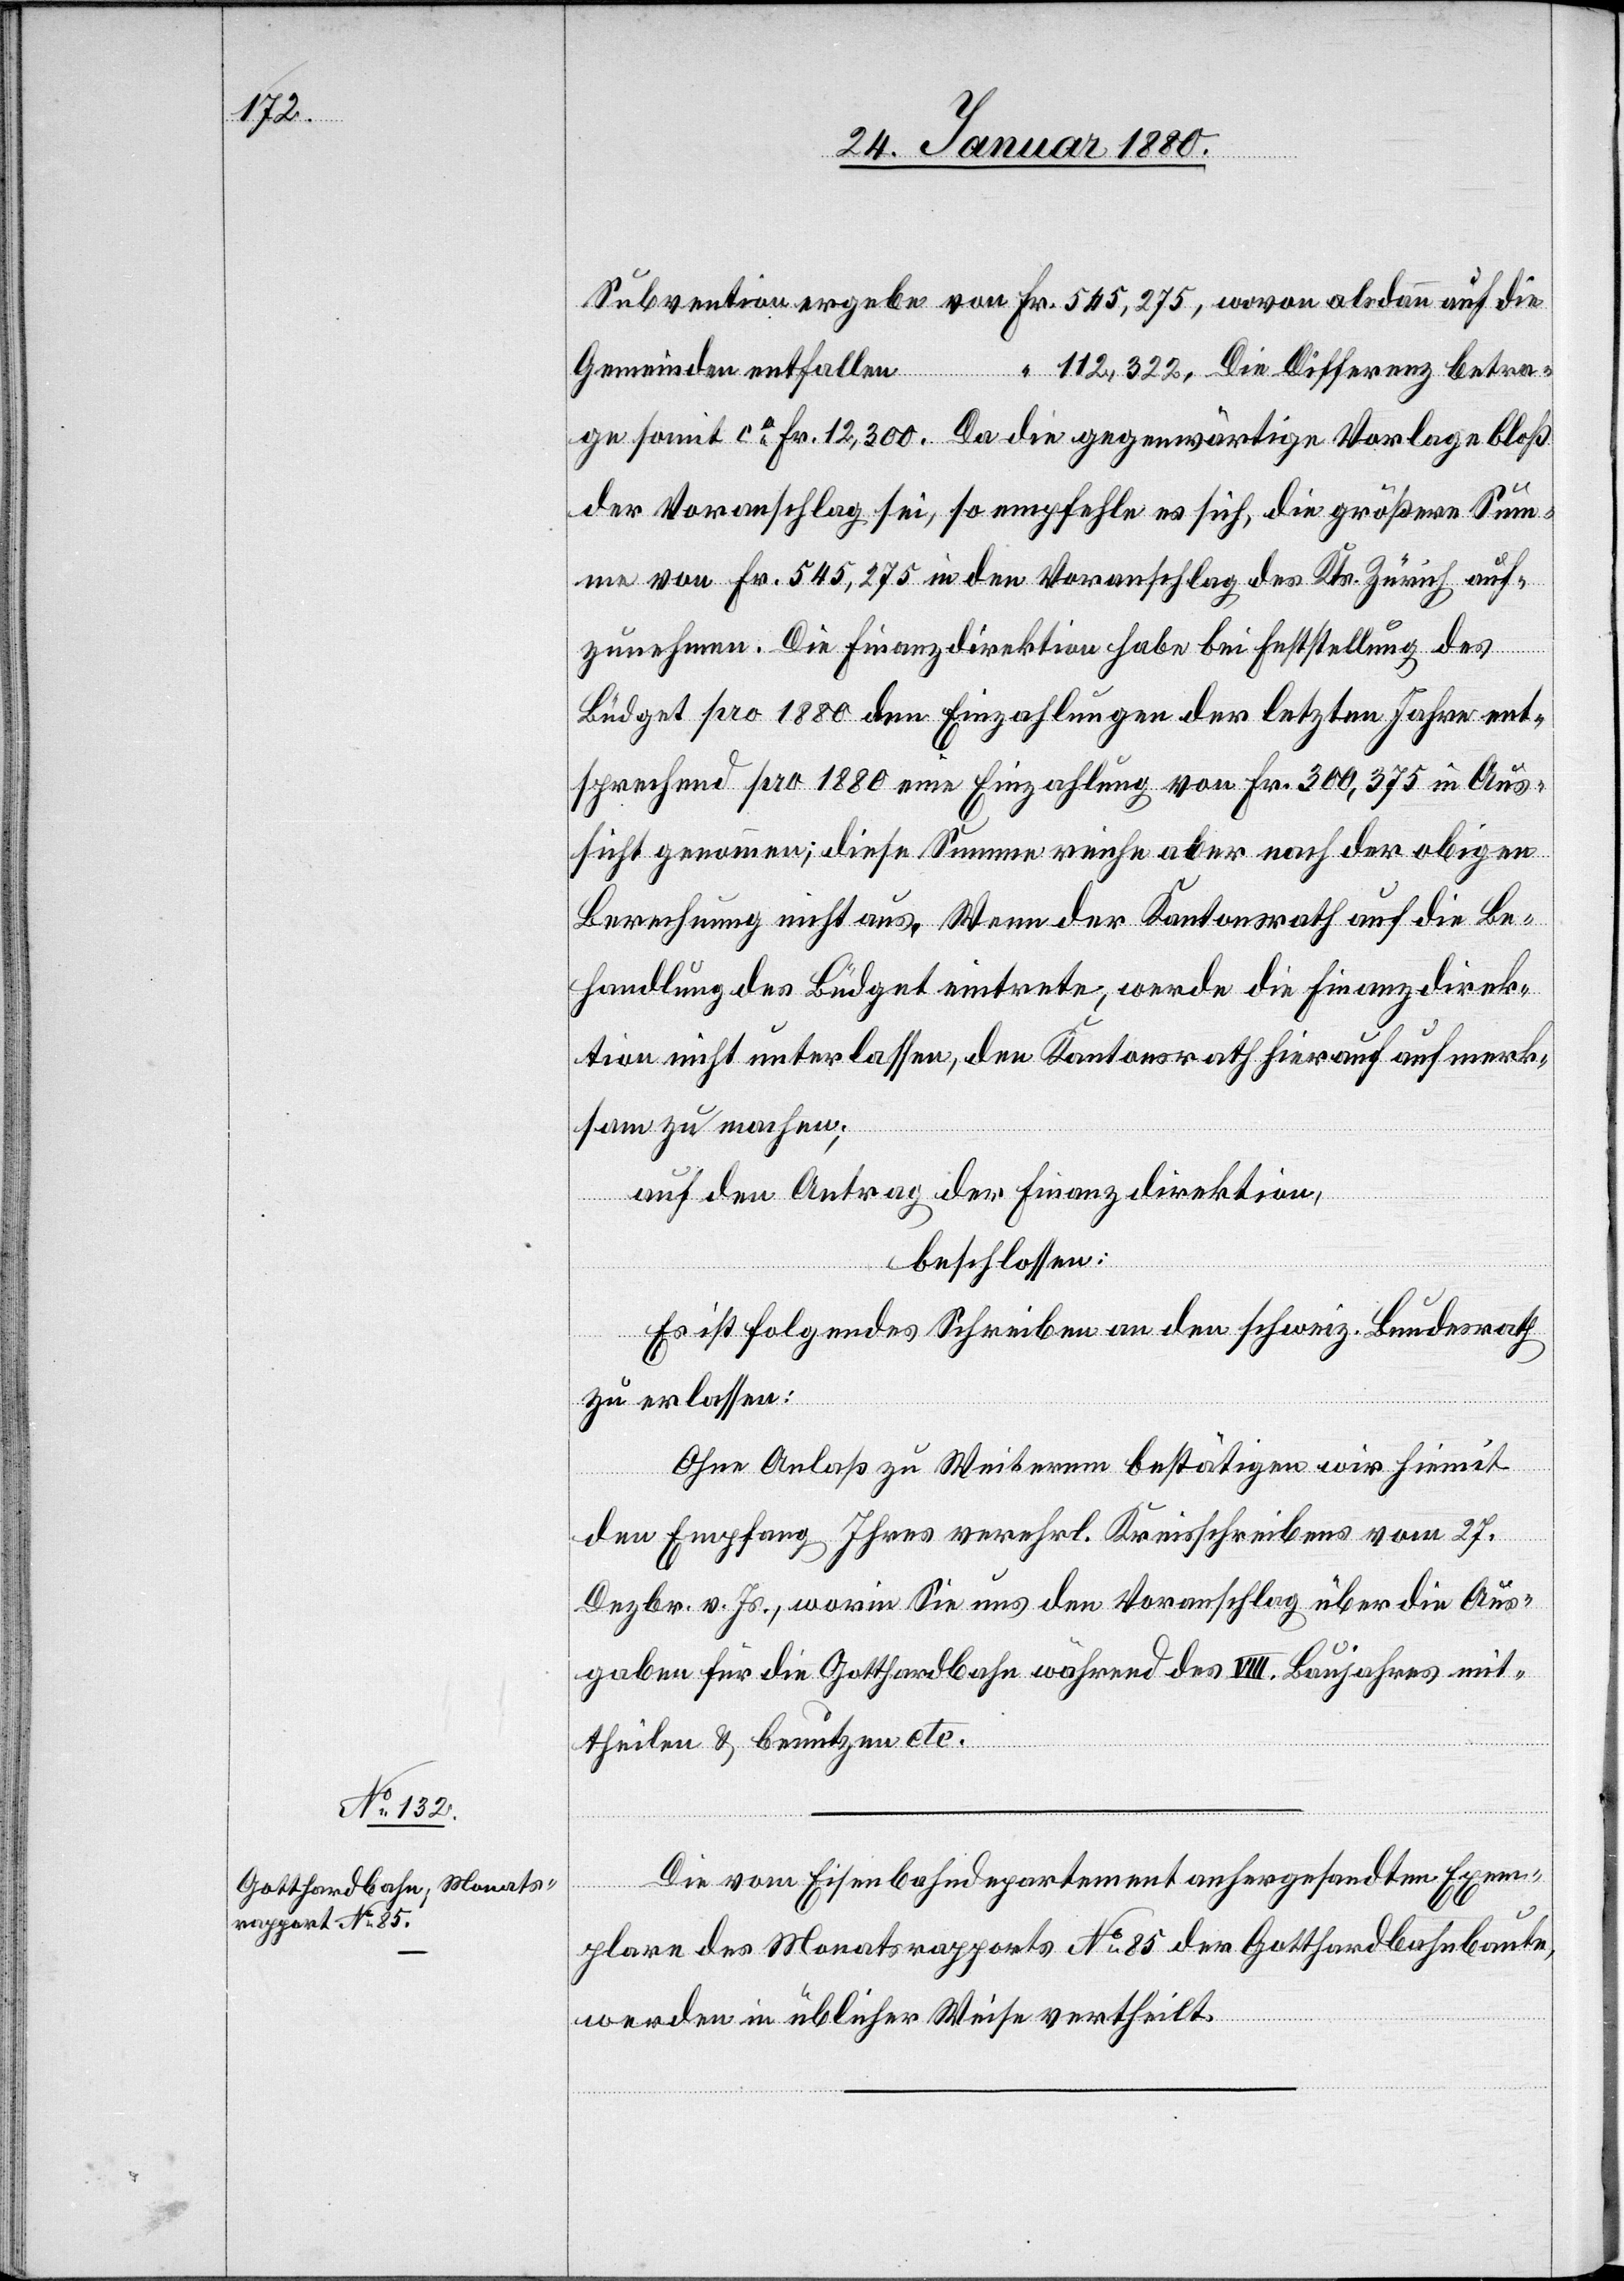
Die vom Eisenbahndepartement anhergesandten Exem¬
plare des Montsrapports No 85 der Gotthardbahnbaute,
werden in üblicher Weise vertheilt.